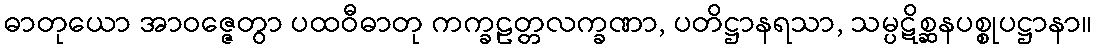
ဓာတုယော အာဝဇ္ဇေတွာ ပထဝီဓာတု ကက္ခဠတ္တလက္ခဏာ, ပတိဋ္ဌာနရသာ, သမ္ပဋိစ္ဆနပစ္စုပဋ္ဌာနာ။